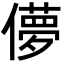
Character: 儚